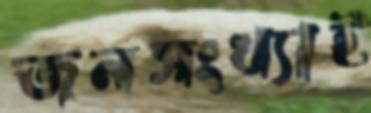
জনসংখ্যাই